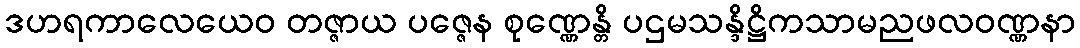
ဒဟရကာလေယေဝ တဇ္ဇာယ ပဇ္ဇေန စုဏ္ဏေန္တိ ပဌမသန္ဒိဋ္ဌိကသာမညဖလဝဏ္ဏနာ